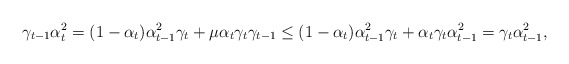
\begin{align*}\gamma_{t-1}\alpha_t^2=(1-\alpha_t)\alpha_{t-1}^2\gamma_t+\mu\alpha_t\gamma_t\gamma_{t-1}\leq(1-\alpha_t)\alpha_{t-1}^2\gamma_t+\alpha_t\gamma_t\alpha_{t-1}^2=\gamma_t\alpha_{t-1}^2,\end{align*}